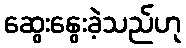
ဆွေးနွေးခဲ့သည်ဟု